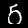
Digit: 5